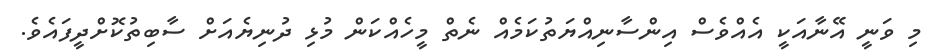
މި ވަނީ އޭނާއަކީ އެއްވެސް އިންސާާނިއްޔަތުކަމެއް ނެތް މީހެއްކަން މުޅި ދުނިޔެއަށް ސާބިތުކޮށްދީފައެވެ.